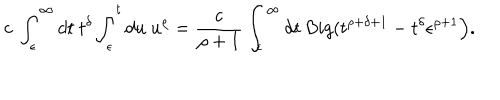
c \ \int _ { \epsilon } ^ { \infty } d t \ t ^ { \delta } \int _ { \epsilon } ^ { t } d u \ u ^ { \rho } = \frac { c } { \rho + 1 } \int _ { \epsilon } ^ { \infty } d t \, B i g ( t ^ { \rho + \delta + 1 } - t ^ { \delta } \epsilon ^ { \rho + 1 } \Big ) .